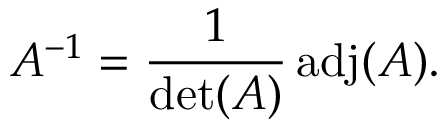
A ^ { - 1 } = { \frac { 1 } { \operatorname* { d e t } ( A ) } } \operatorname { a d j } ( A ) .